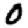
Digit: 0